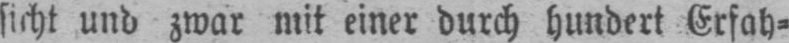
sicht und zwar mit einer durch hundert Erfah⸗